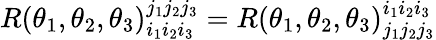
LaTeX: R(\theta_{1},\theta_{2},\theta_{3})_{i_{1}i_{2}i_{3}}^{j_{1}j_{2}j_{3}}=R(\theta_{1},\theta_{2},\theta_{3})_{j_{1}j_{2}j_{3}}^{i_{1}i_{2}i_{3}}